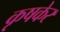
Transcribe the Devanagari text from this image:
कृषकेर